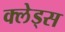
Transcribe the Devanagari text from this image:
क्लेड्स